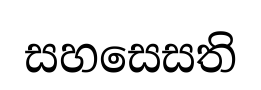
සහසෙසති